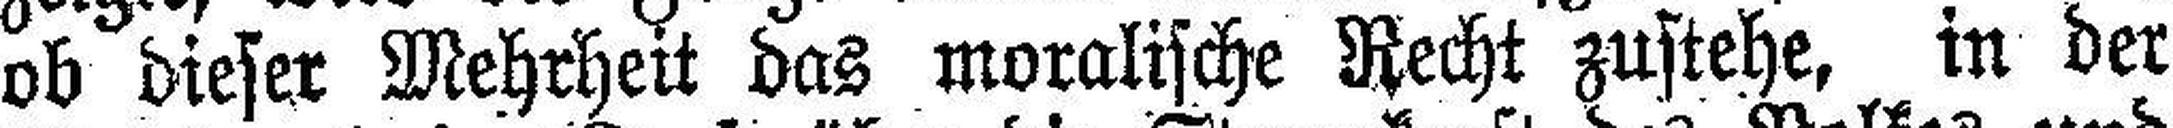
ob dieser Mehrheit das moralische Recht zustehe, in der